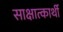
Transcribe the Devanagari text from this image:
साक्षात्कार्थी